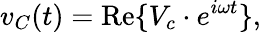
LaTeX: v_{C}(t)=\operatorname{Re}\{ V_{c}\cdot e^{i\omega t}\} ,